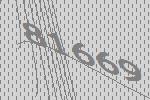
81669